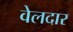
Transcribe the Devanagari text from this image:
वेलदार